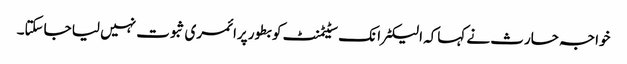
خواجہ حارث نے کہاکہ الیکٹرانک سٹیٹمنٹ کو بطور پرائمری ثبوت نہیں لیا جاسکتا۔